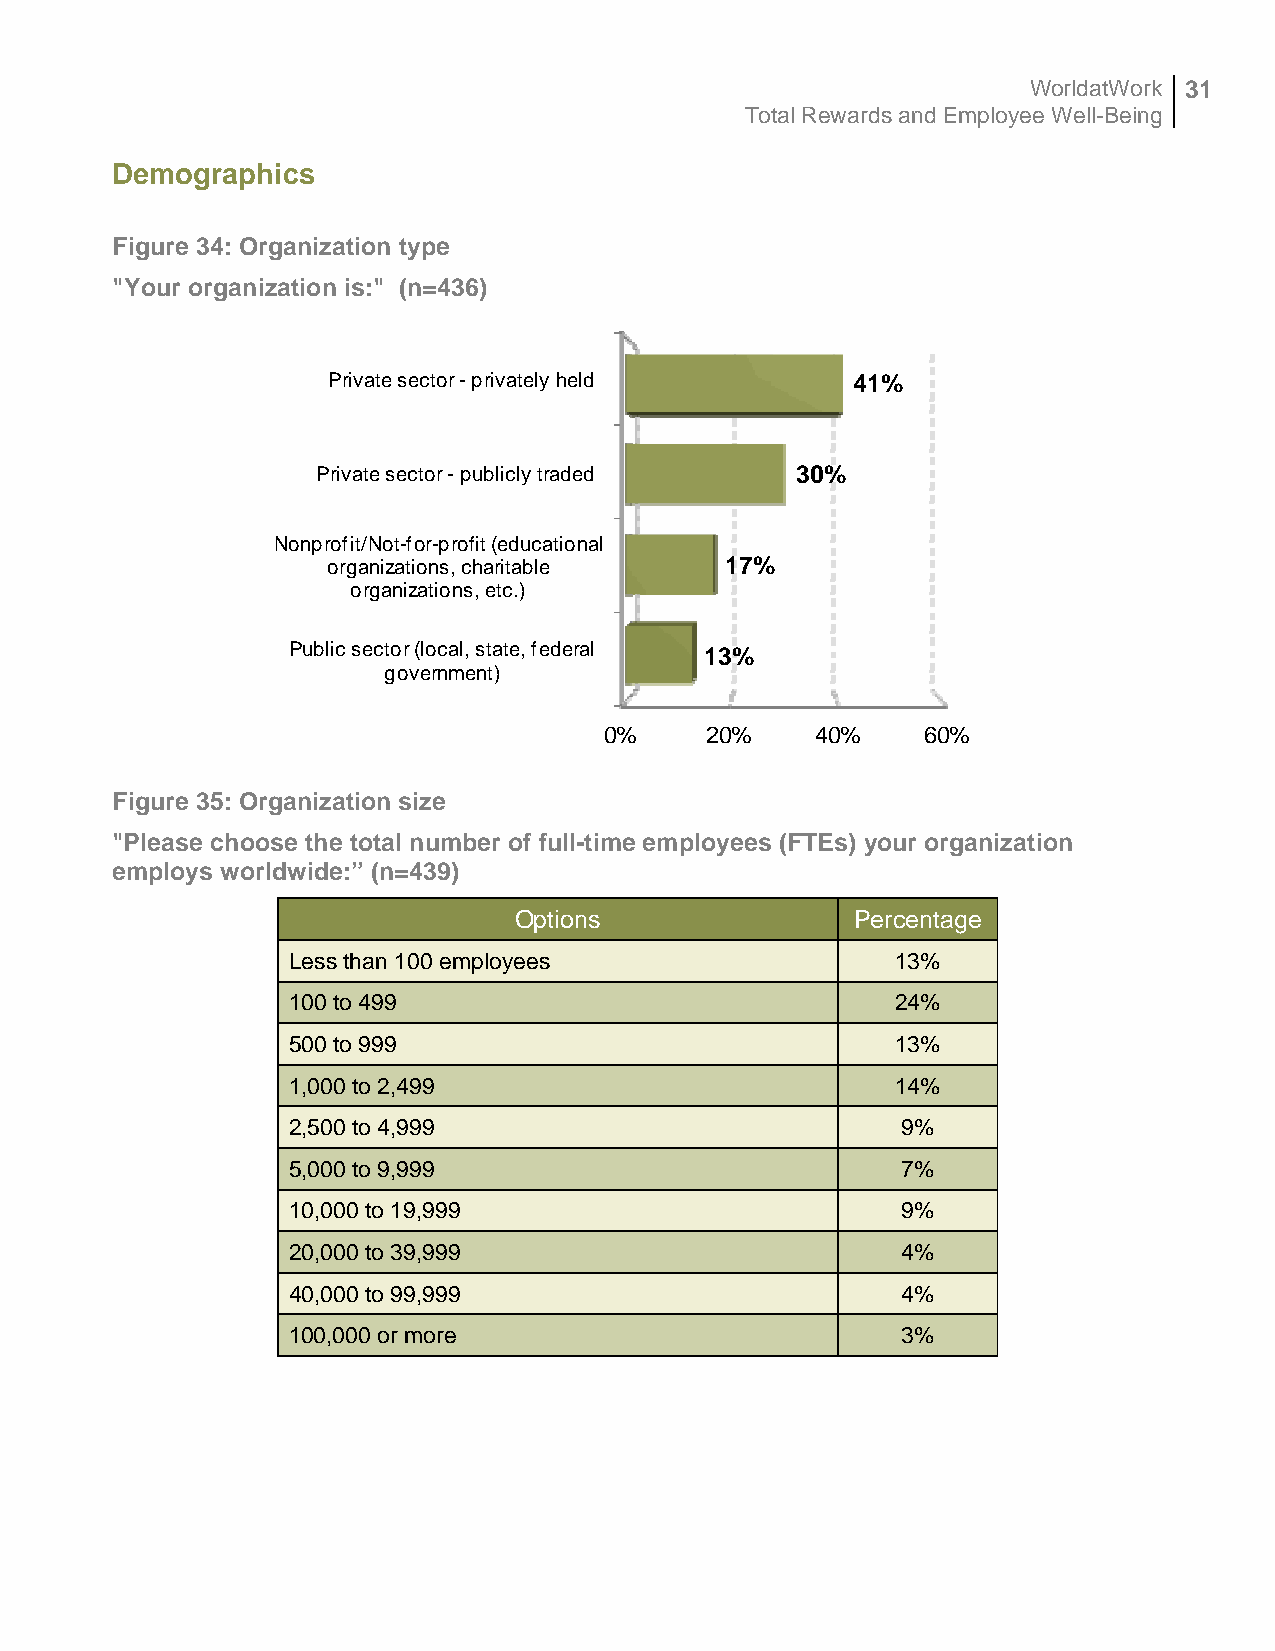
WorldatWork 31
 Total Rewards and Employee Well-Being
 Demographics
 Figure 34: Organization type
 "Your organization is:" (n=436)
 Private sector -privately held    41%
 Private sector -publicly traded 30%
 Nonprofit/Not-for-profit (educational
 organizations, charitable 17%
 organizations, etc.)
 Public sector (local, state, federal 13%
 government)
 0%     20%    40%    60%
 Figure 35: Organization size
 "Please choose the total number of full-time employees (FTEs) your organization
 employs worldwide:” (n=439)
 Options                Percentage
 Less than 100 employees                 13%
 100 to 499                              24%
 500 to 999                              13%
 1,000 to 2,499                          14%
 2,500 to 4,999                           9%
 5,000 to 9,999                           7%
 10,000 to 19,999                         9%
 20,000 to 39,999                         4%
 40,000 to 99,999                         4%
 100,000 or more                          3%